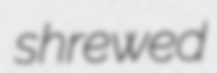
shrewed